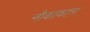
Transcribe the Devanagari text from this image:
नौकावहन